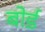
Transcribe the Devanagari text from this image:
बोर्ड